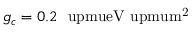
g _ { c } = 0 . 2 ~ \mathrm { \ u p m u e V \ u p m u m ^ { 2 } }